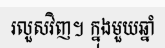
រលួសវិញ។ ក្នុងមួយឆ្នាំ